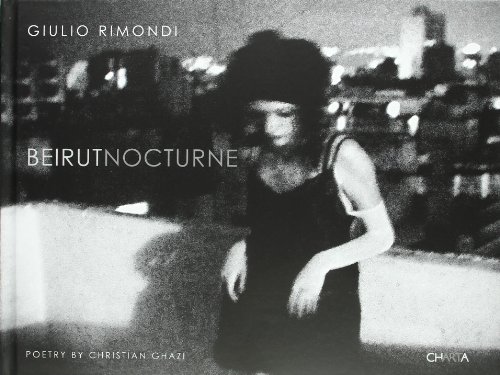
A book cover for Giulio Rimondi: Beirut Nocturne; Ferdinando Scianna; Travel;